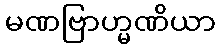
မဏဗြာဟ္မဏိယာ